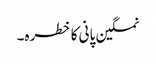
نمکین پانی کا خطرہ۔